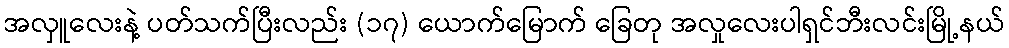
အလှူလေးနဲ့ ပတ်သက်ပြီးလည်း (၁၇) ယောက်မြောက် ခြေတု အလှုလေးပါရှင်ဘီးလင်းမြို့နယ်